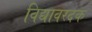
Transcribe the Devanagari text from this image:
विद्यावरदक